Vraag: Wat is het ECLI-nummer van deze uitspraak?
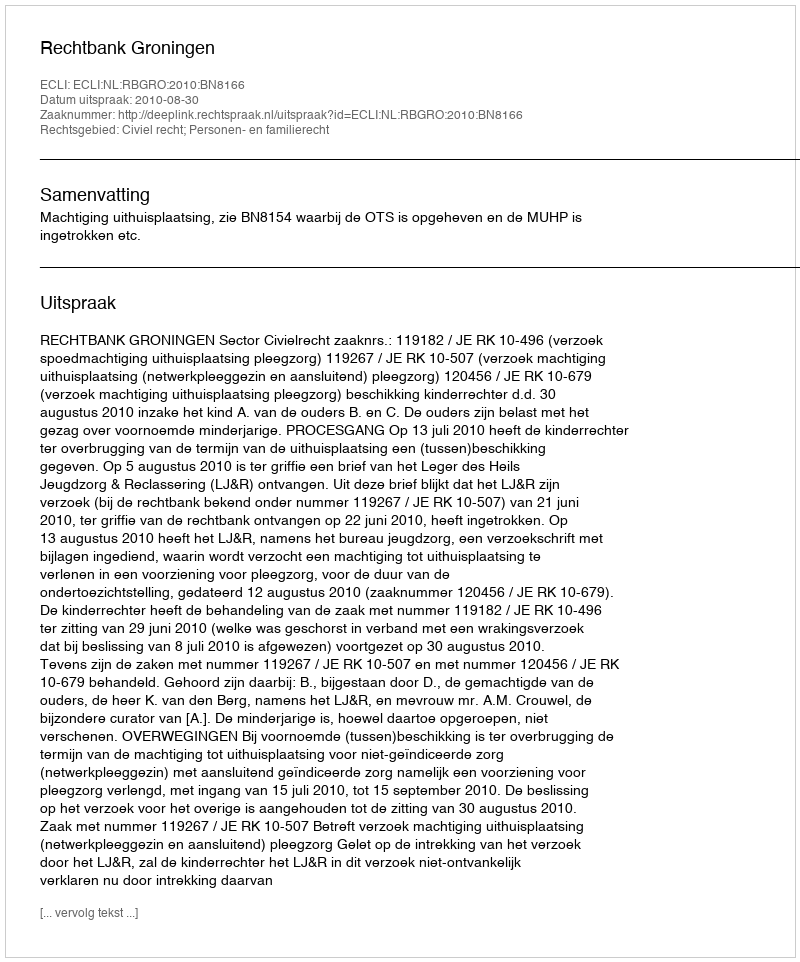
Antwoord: ECLI:NL:RBGRO:2010:BN8166